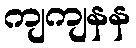
ကျကျနန